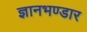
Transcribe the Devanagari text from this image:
ज्ञानभण्डार